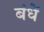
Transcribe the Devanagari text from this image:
बंधें